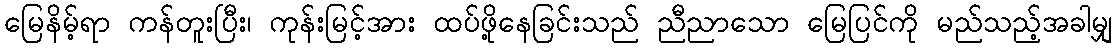
မြေနိမ့်ရာ ကန်တူးပြီး၊ ကုန်းမြင့်အား ထပ်ဖို့နေခြင်းသည် ညီညာသော မြေပြင်ကို မည်သည့်အခါမျှ